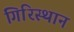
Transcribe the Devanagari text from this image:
गिरिस्थान